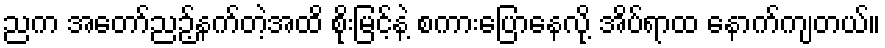
ညက အတော်ညဉ့်နက်တဲ့အထိ စိုးမြင့်နဲ့ စကားပြောနေလို့ အိပ်ရာထ နောက်ကျတယ်။